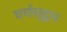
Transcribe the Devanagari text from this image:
वर्चस्‌द्वार